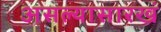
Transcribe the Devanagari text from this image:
असल्यासारखं